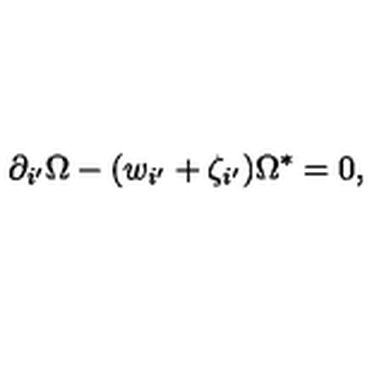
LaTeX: \partial _ { i ^ { \prime } } \Omega - ( w _ { i ^ { \prime } } + \zeta _ { i ^ { \prime } } ) \Omega ^ { \ast } = 0 ,